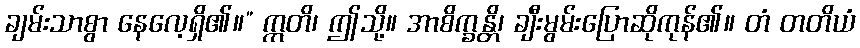
ချမ်းသာစွာ နေလေ့ရှိ၏။” ဣတိ၊ ဤသို့။ အာစိက္ခန္တိ၊ ချီးမွမ်းပြောဆိုကုန်၏။ တံ တတိယံ